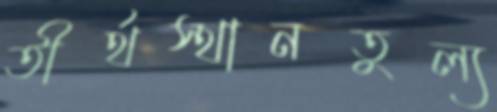
তীর্থস্থানতুল্য